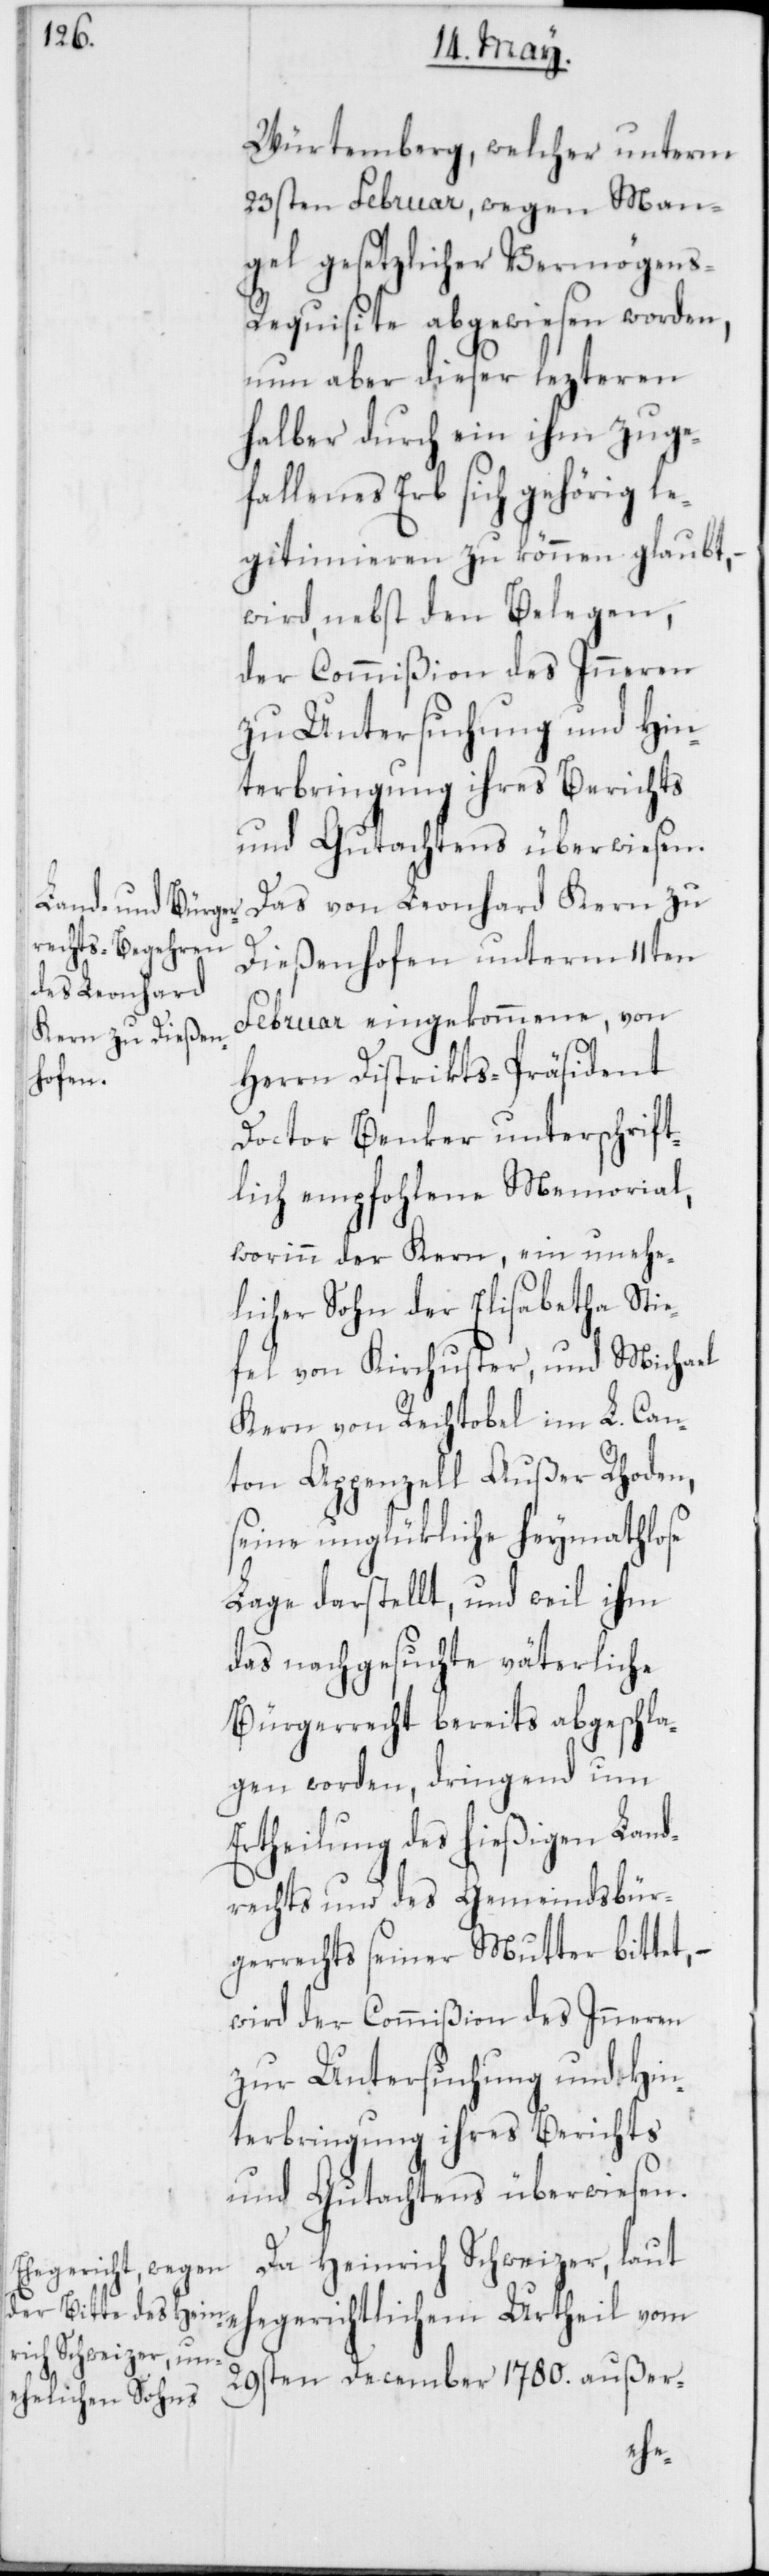
Würtemberg, welcher unterm
23sten Februar, wegen Man¬
gel gesetzlicher Vermögen¬
s-Requisite abgewiesen worden,
nun aber dieser lezteren
halber durch ein ihm zuge¬
fallenes Erb sich gehörig le¬
gitimieren zu können glaubt,
wird, nebst den Belegen,
der Commißion des Inneren
zu Untersuchung und Hin¬
terbringung ihres Berichts
und Gutachtens überwiesen.
Das von Leonhard Kern zu
Dießenhofen unterm 11ten
Februar eingekommene, von
Herrn Distrikts-Präsident
Doctor Benker unterschrift¬
lich empfohlene Memorial,
worinn der Kern, ein unehe¬
licher Sohn der Elisabetha Stie¬
fel von Kirchuster, und Michael
Kern von Rechtobel im L. Can¬
ton Appenzell Außer Rhoden,
seine unglükliche heymathlose
Lage darstellt, und weil ihm
das nachgesuchte väterliche
Bürgerrecht bereits abgeschla¬
gen worden, dringend um
Ertheilung des hießigen Land¬
rechts und des Gemeindsbür¬
gerrechts seiner Mutter bittet,
wird der Commißion des Inneren
zur Untersuchung und Hin¬
terbringung ihres Berichts
und Gutachtens überwiesen.
Da Heinrich Schweizer, laut
egerichtlichem Urtheil vom
29sten December 1780. außer-
eh¬